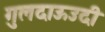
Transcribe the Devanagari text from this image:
गुलदाऊउदी